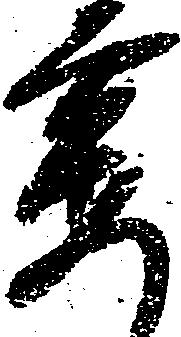
要